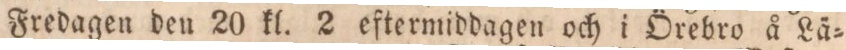
Fredagen den 20 kl. 2 eftermiddagen och i Örebro å Lä=